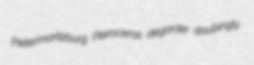
Pietermaritzburg Pteroceras degorder daubingly